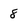
Character: 8